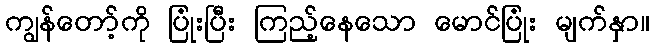
ကျွန်တော့်ကို ပြုံးပြီး ကြည့်နေသော မောင်ပြုံး မျက်နှာ။